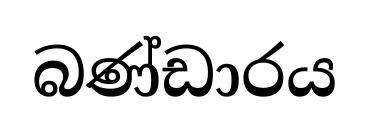
බණ්ඩාරය